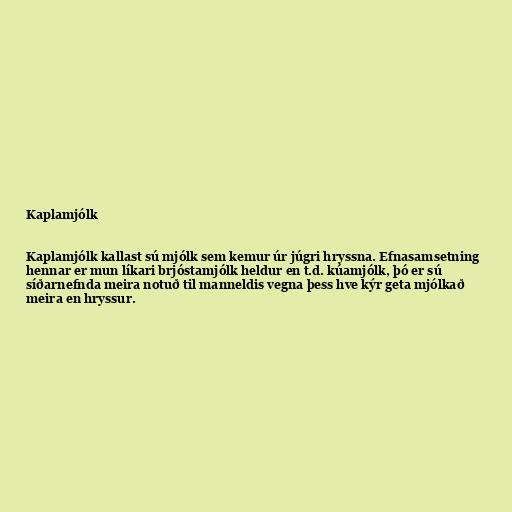
Kaplamjólk

Kaplamjólk kallast sú mjólk sem kemur úr júgri hryssna. Efnasamsetning
hennar er mun líkari brjóstamjólk heldur en t.d. kúamjólk, þó er sú
síðarnefnda meira notuð til manneldis vegna þess hve kýr geta mjólkað
meira en hryssur.